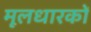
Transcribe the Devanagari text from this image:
मूलधारकों